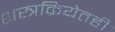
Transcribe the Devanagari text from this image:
शस्त्रक्रियेतही